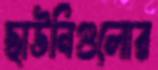
ছাউনিগুলোর